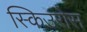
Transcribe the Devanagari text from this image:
स्किउरोस